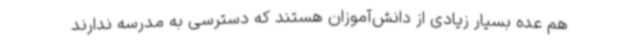
هم عده‌ بسیار زیادی از دانش‌آموزان هستند که دسترسی به مدرسه ندارند